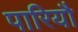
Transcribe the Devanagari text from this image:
पारियौ